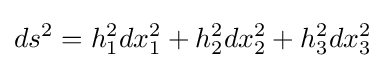
ds^{2}=h_{1}^{2}dx_{1}^{2}+h_{2}^{2}dx_{2}^{2}+h_{3}^{2}dx_{3}^{2}